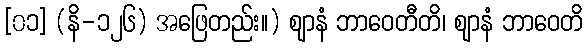
[၀၁] (နိ-၁၂၆) အဖြေတည်း။) ဈာနံ ဘာဝေတီတိ၊ ဈာနံ ဘာဝေတိ